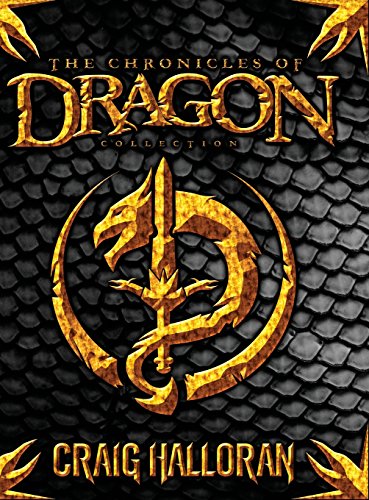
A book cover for The Chronicles of Dragon Collection; Craig Halloran; Science Fiction & Fantasy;